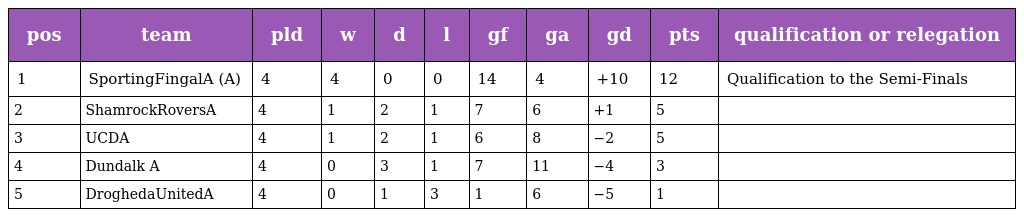
| pos | team | pld | w | d | l | gf | ga | gd | pts | qualification or relegation |
 | --- | --- | --- | --- | --- | --- | --- | --- | --- | --- | --- |
 | 1 | SportingFingalA (A) | 4 | 4 | 0 | 0 | 14 | 4 | +10 | 12 | Qualification to the Semi-Finals |
 | 2 | ShamrockRoversA | 4 | 1 | 2 | 1 | 7 | 6 | +1 | 5 |  |
 | 3 | UCDA | 4 | 1 | 2 | 1 | 6 | 8 | −2 | 5 |  |
 | 4 | Dundalk A | 4 | 0 | 3 | 1 | 7 | 11 | −4 | 3 |  |
 | 5 | DroghedaUnitedA | 4 | 0 | 1 | 3 | 1 | 6 | −5 | 1 |  |